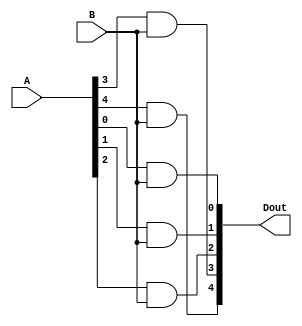
module and_A5_B1 ( 
input[4:0]A,
input B,
output [4:0]Dout
);

assign Dout[0]=A[0]&B;
assign Dout[1]=A[1]&B;
assign Dout[2]=A[2]&B;
assign Dout[3]=A[3]&B;
assign Dout[4]=A[4]&B;

endmodule